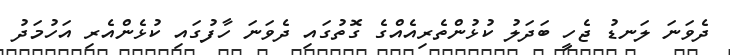
ދެވަނަ ލަނޑު ޖެހީ ބަދަލު ކުޅުންތެރިއެއްގެ ގޮތުގައި ދެވަނަ ހާފުގައި ކުޅެންއެރި އަހުމަދު